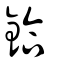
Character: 鉿